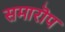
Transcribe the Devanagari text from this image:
समारॊप